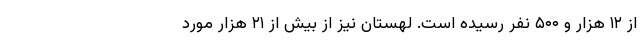
از ۱۲ هزار و ۵۰۰ نفر رسیده است. لهستان نیز از بیش از ۲۱ هزار مورد